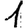
Digit: 1